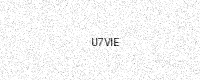
Text: U7VIE